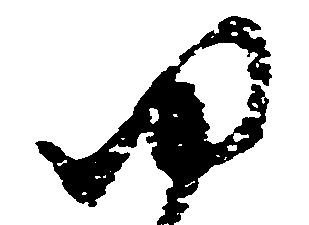
ゆ